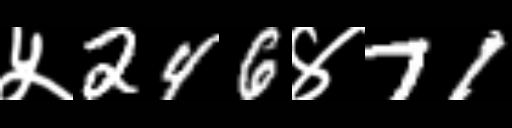
Text: ५246४71